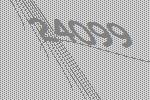
24099